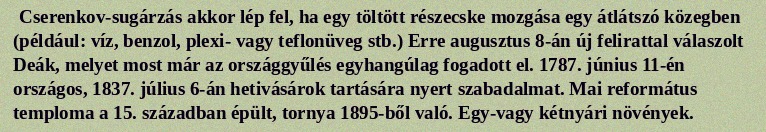
Cserenkov-sugárzás akkor lép fel, ha egy töltött részecske mozgása egy átlátszó közegben (például: víz, benzol, plexi- vagy teflonüveg stb.) Erre augusztus 8-án új felirattal válaszolt Deák, melyet most már az országgyűlés egyhangúlag fogadott el. 1787. június 11-én országos, 1837. július 6-án hetivásárok tartására nyert szabadalmat. Mai református temploma a 15. században épült, tornya 1895-ből való. Egy-vagy kétnyári növények.